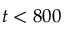
t < 8 0 0